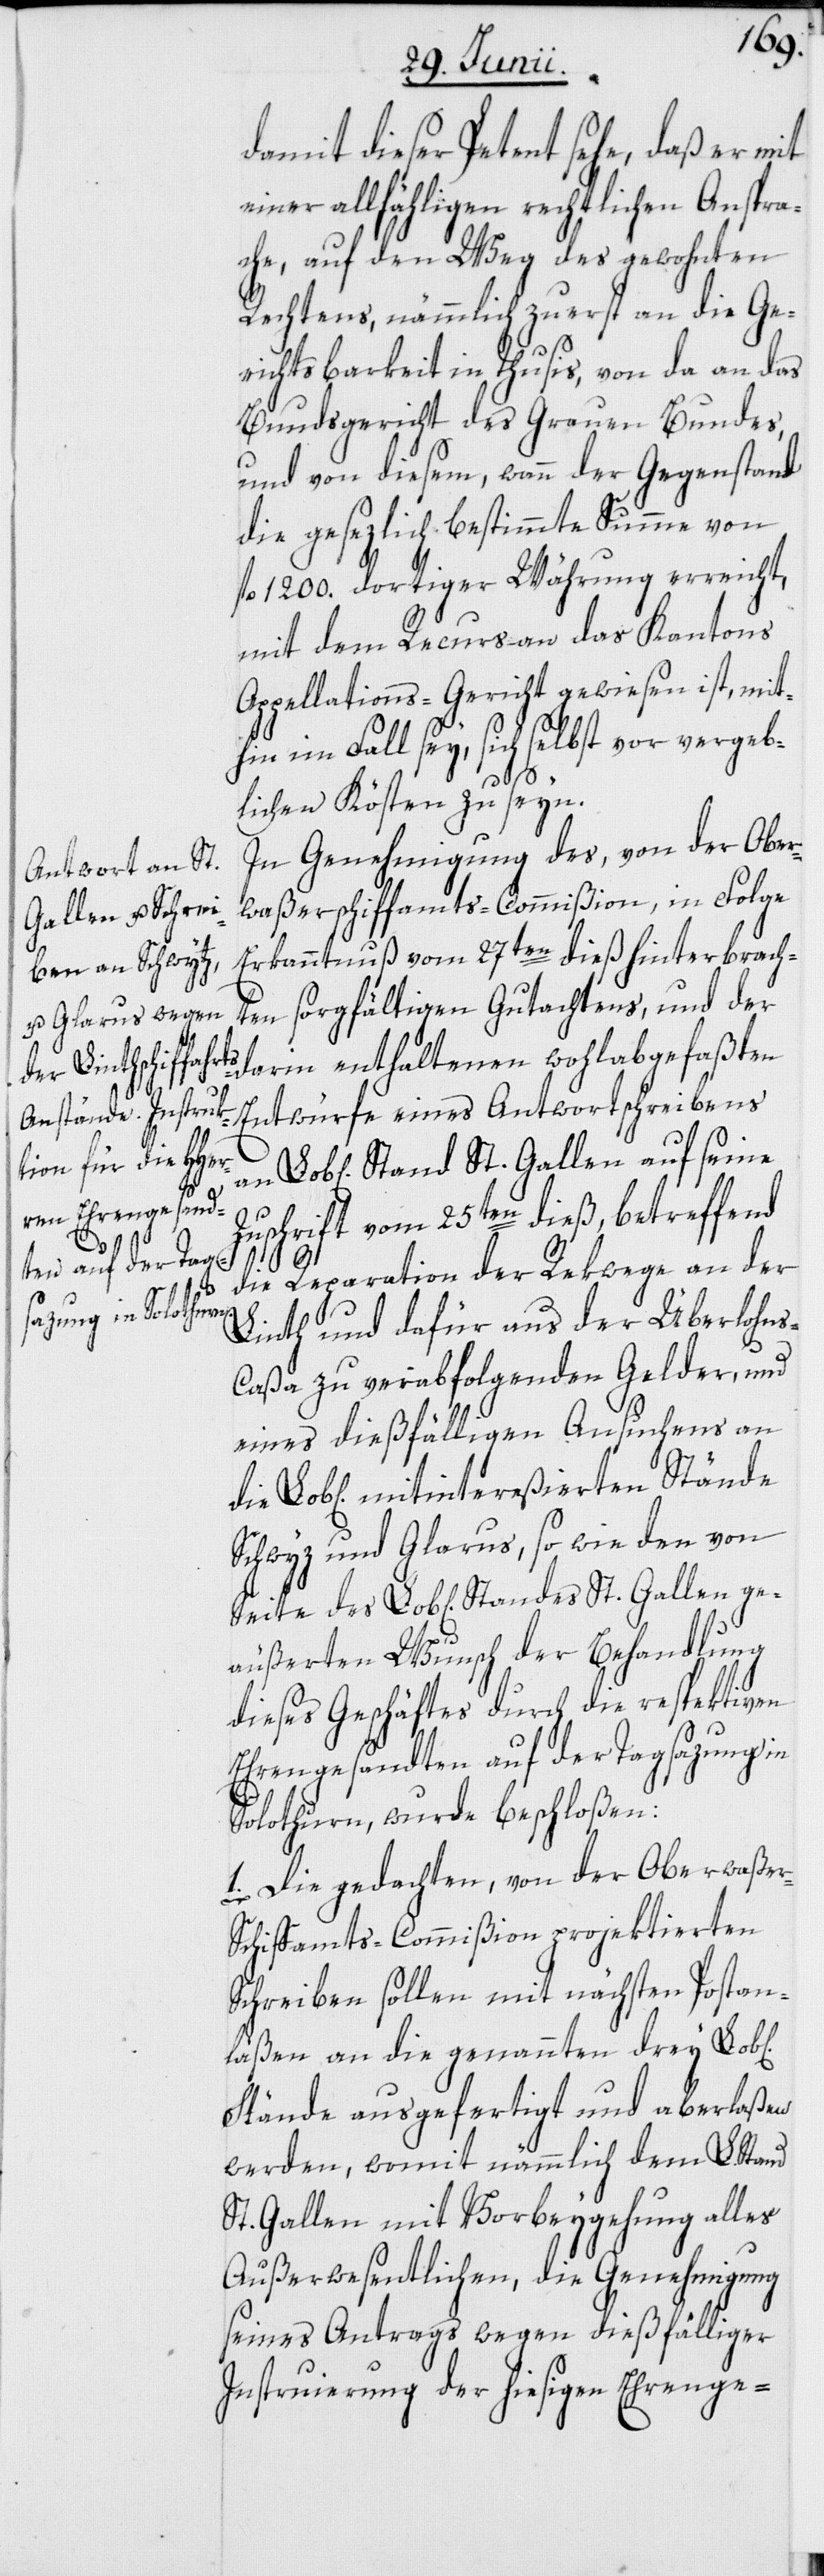
damit dieser Petent sehe, daß er mit
einer allfähligen rechtlichen Anspra¬
che, auf den Weg des gewohnten
Rechtens, nämmlich zuerst an die Ge¬
richtsbarkeit in Thusis, von da an das
Bundsgericht des Grauen Bundes,
und von diesem, wann der Gegenstand
die gesezlich bestimmte Summe von
fl. 1200. dortiger Währung erreicht,
mit dem Recurs an das Kantons
Appellations-Gericht gewiesen ist, mit¬
hin im Fall sey, sich selbst vor vergeb¬
lichen Kösten zu seyn.
In Genehmigung des, von der Ober¬
waßerschiffamts-Commißion, in Folge
Erkanntnuß vom 27ten dieß hinterbrach¬
ten sorgfältigen Gutachtens, und der
Entwürfe eines Antwortschreibens
en] Stand St. Gallen auf seine
Zuschrift vom 25ten dieß, betreffend
die Reparation der Rekwege an der
ichen]
Linth und dafür aus der Überlohn¬
s-Caßa zu verabfolgenden Gelder, und
eines dießfälligen Ansuchens an
Lob[lichen] mitintereßierten Stände
Schwyz und Glarus, so wie den von
Seite des Lob[lichen] Standes St. Gallen ge¬
äußerten Wunsch der Behandlung
dieses Geschäftes durch die respektiven
Ehrengesandten auf der Tagsazung in
Solothurn, wurde beschloßen:
1. Die gedachten, von der Oberwaße¬
r-Schiffamts-Commißion projektierten
Schreiben sollen mit nächsten Postan¬
läßen an die genannten drey Lob[l¬
Stände ausgefertigt und aberlaßen
werden, womit nämmlich dem L. Stand
St. Gallen mit Vorbeygehung alles
Außerwesentlichen, die Genehmigung
seines Antrags wegen dießfälliger
Instruierung der hiesigen Ehrenge-